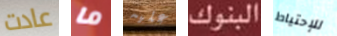
عادت ما عليه البنوك للإحتياط